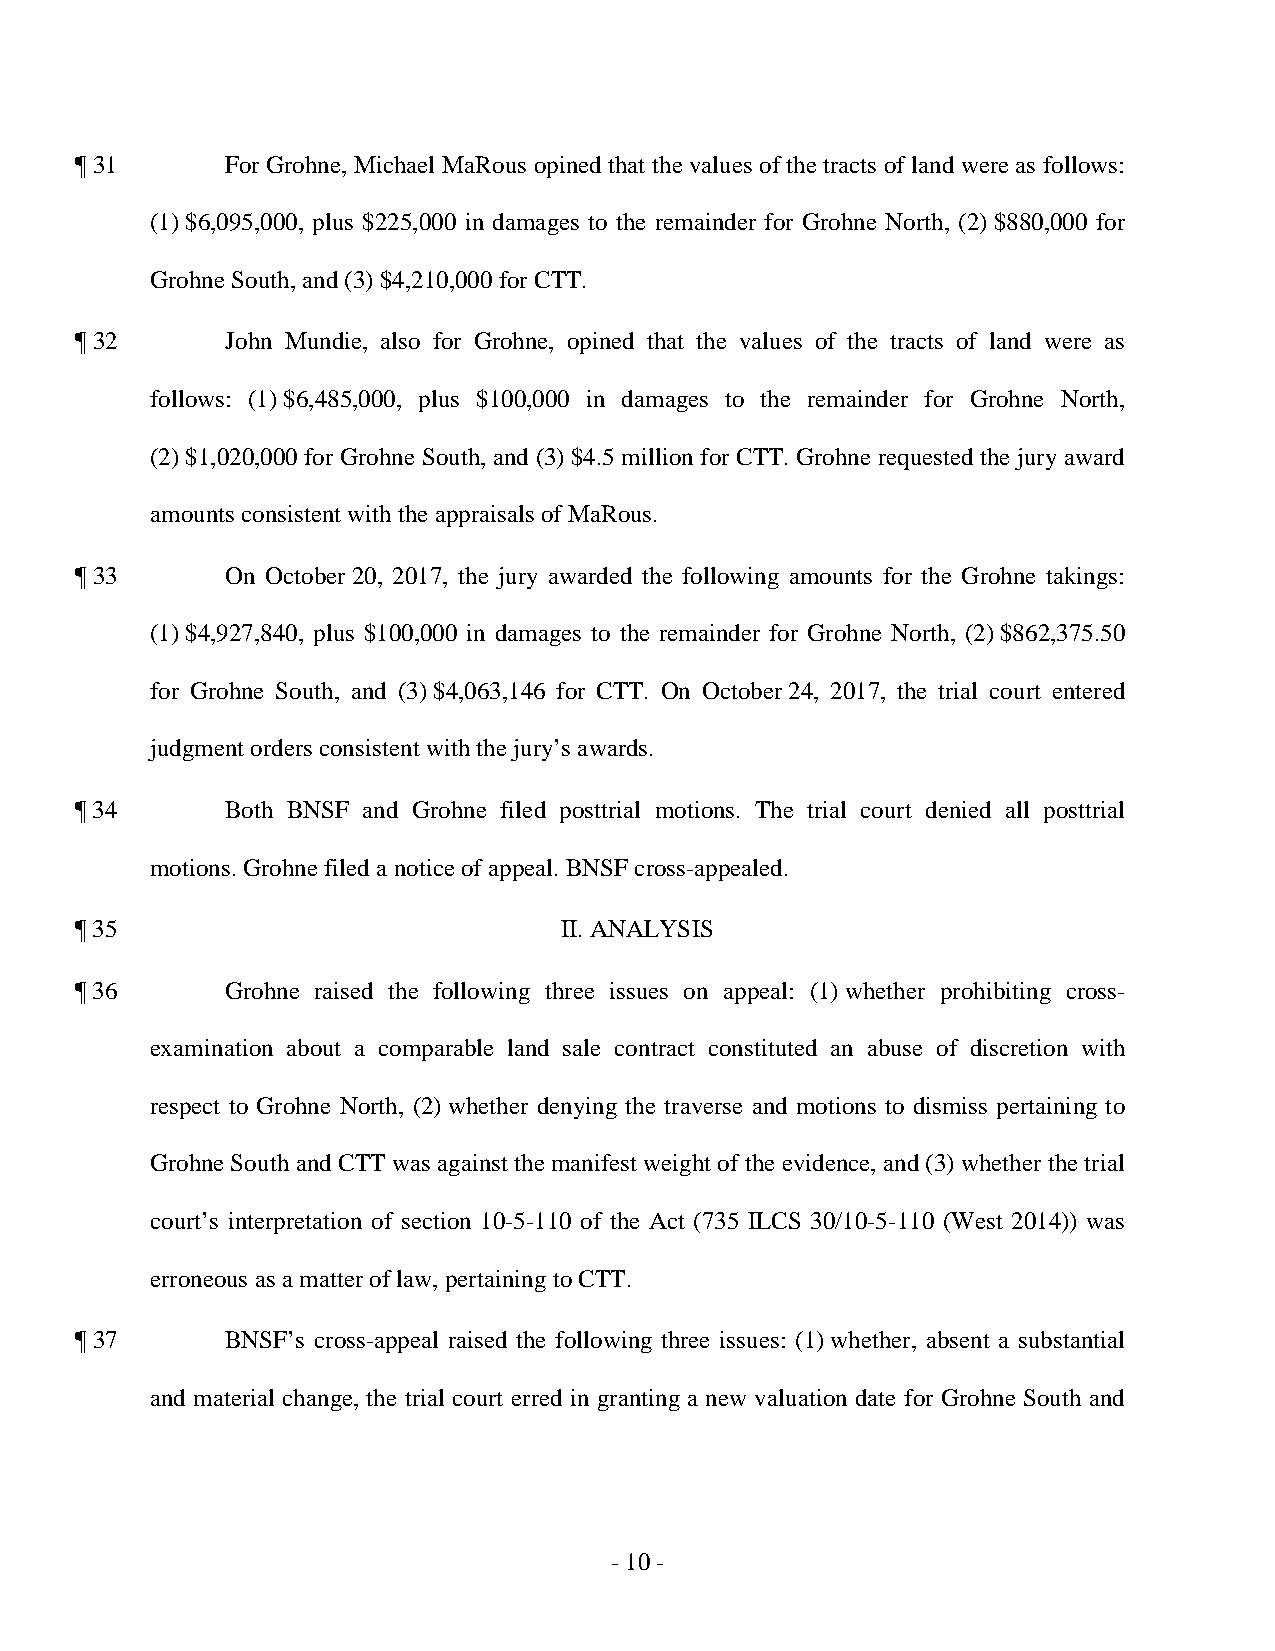
¶ 31      For Grohne, Michael MaRous opined that the values of the tracts of land were as follows:
 (1) $6,095,000, plus $225,000 in damages to the remainder for Grohne North, (2) $880,000 for
 Grohne South, and (3) $4,210,000 for CTT.
 ¶ 32      John Mundie, also for Grohne, opined that the values of the tracts of land were as
 follows: (1) $6,485,000, plus $100,000 in damages to the remainder for Grohne North,
 (2) $1,020,000 for Grohne South, and (3) $4.5 million for CTT. Grohne requested the jury award
 amounts consistent with the appraisals of MaRous.
 ¶ 33      On October 20, 2017, the jury awarded the following amounts for the Grohne takings:
 (1) $4,927,840, plus $100,000 in damages to the remainder for Grohne North, (2) $862,375.50
 for Grohne South, and (3) $4,063,146 for CTT. On October 24, 2017, the trial court entered
 judgment orders consistent with the jury’s awards.
 ¶ 34      Both BNSF and Grohne filed posttrial motions. The trial court denied all posttrial
 motions. Grohne filed a notice of appeal. BNSF cross-appealed.
 ¶ 35                            II. ANALYSIS
 ¶ 36      Grohne raised the following three issues on appeal: (1) whether prohibiting cross­
 examination about a comparable land sale contract constituted an abuse of discretion with
 respect to Grohne North, (2) whether denying the traverse and motions to dismiss pertaining to
 Grohne South and CTT was against the manifest weight of the evidence, and (3) whether the trial
 court’s interpretation of section 10-5-110 of the Act (735 ILCS 30/10-5-110 (West 2014)) was
 erroneous as a matter of law, pertaining to CTT.
 ¶ 37      BNSF’s cross-appeal raised the following three issues: (1) whether, absent a substantial
 and material change, the trial court erred in granting a new valuation date for Grohne South and
 - 1 0 ­